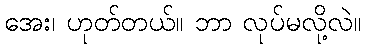
အေး၊ ဟုတ်တယ်။ ဘာ လုပ်မလို့လဲ။